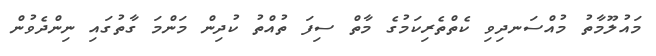
މައުލޫމާތު މުއްސަނދިވި ކެތްތެރިކަމުގެ މާތް ސިފަ ތުއްތު ކުދިން މަންމަ ގާތުގައި ނިންދެވުން